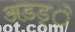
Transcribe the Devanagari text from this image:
अडड्े